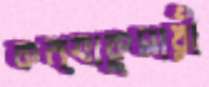
কন্যাকুমারী